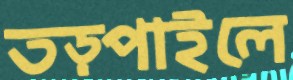
তড়্‌পাইলে